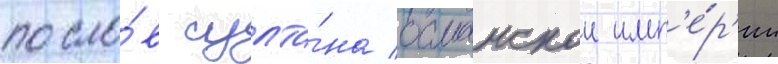
посло́в султа́на османскои имп'е́р'ии